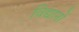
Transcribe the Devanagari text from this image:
विद्यानों